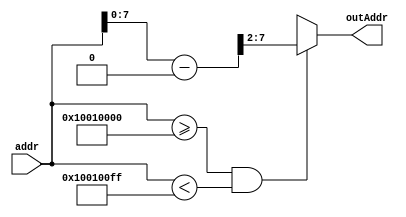
module addrDecoderRAM #(
parameter WIDTH = 32,
parameter numPosMem = 64
)(
input [WIDTH-1:0] addr,
output reg [$clog2(numPosMem)-1:0] outAddr
);

always @(addr) begin
	if(addr>=32'h10010000 && addr<32'h100100ff) 
		outAddr = (addr-32'h10010000)>>2;
	else 
		outAddr = 6'bx;
	
end



endmodule